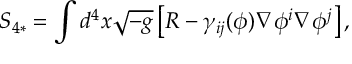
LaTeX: S _ { 4 * } = \int d ^ { 4 } x \sqrt { - g } \left[ R - \gamma _ { i j } ( \phi ) \nabla \phi ^ { i } \nabla \phi ^ { j } \right] ,